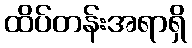
ထိပ်တန်းအရာရှိ